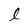
Character: l